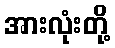
အားလုံးတို့